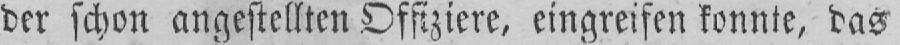
der schon angestellten Offiziere, eingreifen konnte, das